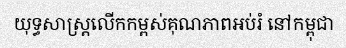
យុទ្ធសាស្ត្រលើកកម្ពស់គុណភាពអប់រំ នៅកម្ពុជា